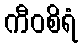
ကီဝစိရံ